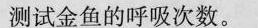
测试金鱼的呼吸次数。